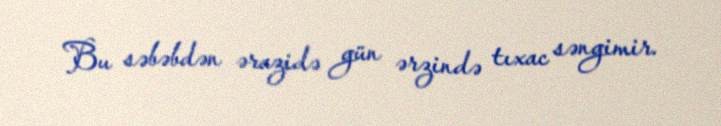
Bu səbəbdən ərazidə gün ərzində tıxac səngimir.